DOW-UAP-D12, Mission Report, Iraq, May 2022
Agency: Department of War
Incident date: 5/20/22
Incident location: Iraq
Page 6
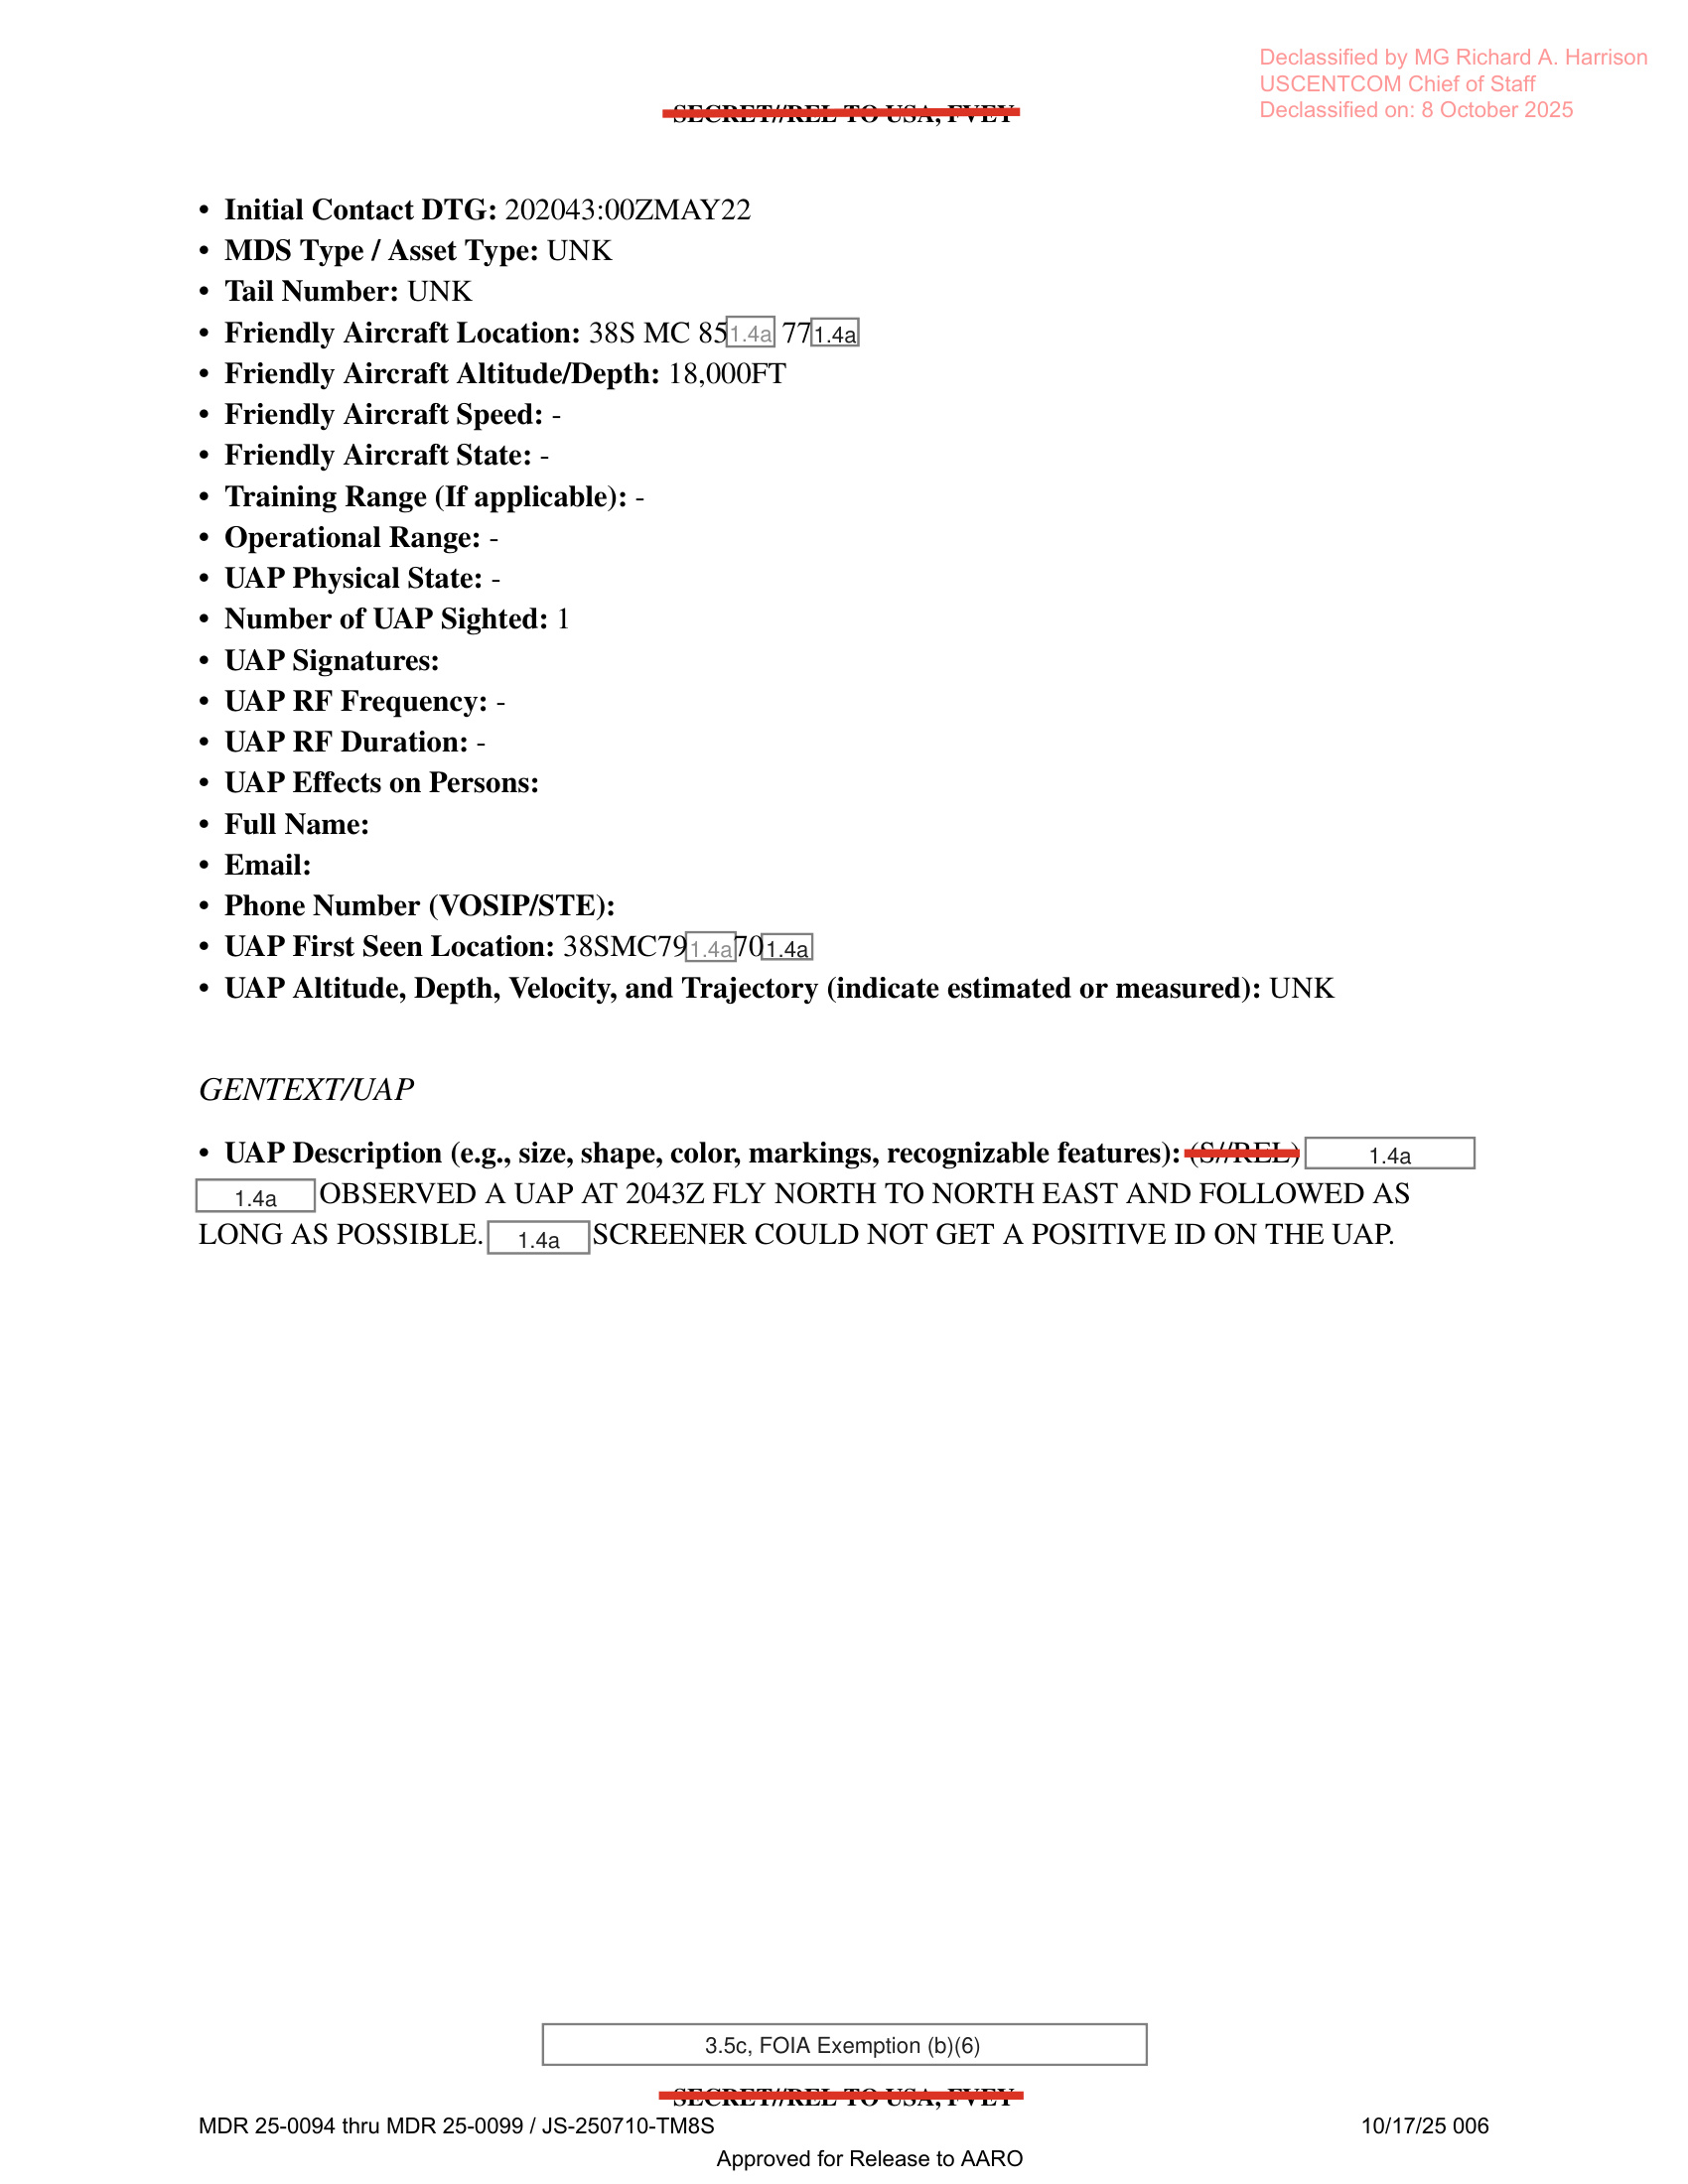